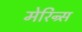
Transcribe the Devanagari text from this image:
मेरिन्र्स